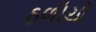
ઠળીયો